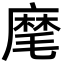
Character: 麾